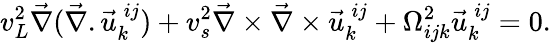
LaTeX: v_{L}^{2}\vec{\nabla}(\vec{\nabla}.\vec{u}_{k}^{\: ij})+v_{s}^{2}\vec{\nabla}\times\vec{\nabla}\times\vec{u}_{k}^{\: ij}+\Omega_{ijk}^{2}\vec{u}_{k}^{\: ij}=0.